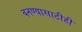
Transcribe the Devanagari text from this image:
बनण्यासाठीही